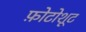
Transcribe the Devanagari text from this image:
फ़ोटोशूट